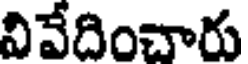
వివేదించారు